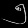
Digit: ၅